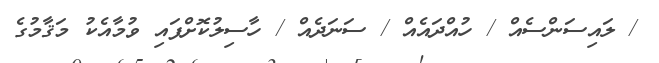
/ ލައިސަންސެއް / ހުއްދައެއް / ސަނަދެއް / ހާސިލުކޮށްފައި ވުމާއެކު މަޤާމުގެ